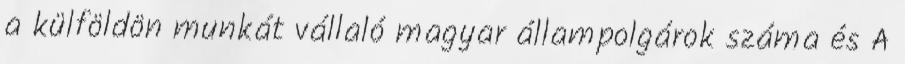
a külföldön munkát vállaló magyar állampolgárok száma és A